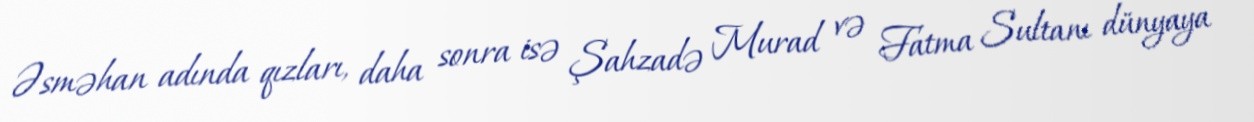
Əsməhan adında qızları, daha sonra isə Şahzadə Murad və Fatma Sultanı dünyaya